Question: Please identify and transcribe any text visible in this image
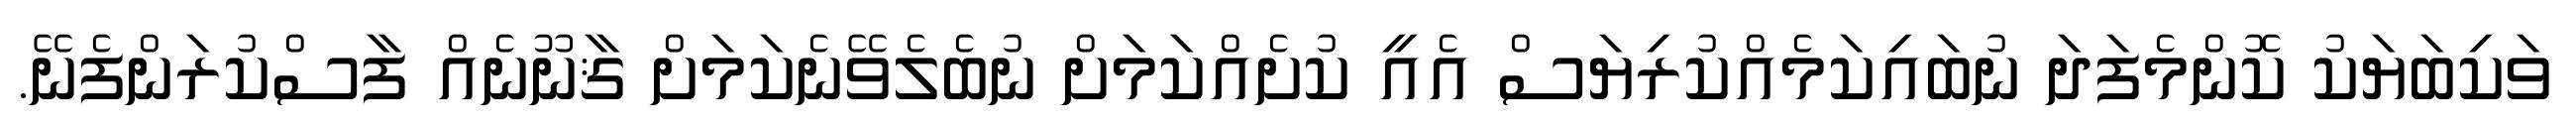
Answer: ވަކިބަޔަކު ކޮންމެފަދަ ނުބައިކަމެއްކުރިޔަސް އެއީ ކުށެއްކަމަށް ނުބެލެވޭނެކަމަށް ޤާނޫނެއް ފާސްކުރަންފެނޭ.